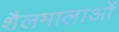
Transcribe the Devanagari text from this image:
शैलमालाओं